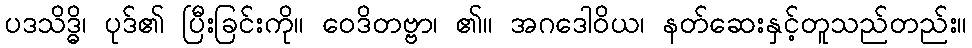
ပဒသိဒ္ဓိ၊ ပုဒ်၏ ပြီးခြင်းကို။ ဝေဒိတဗ္ဗာ၊ ၏။ အဂဒေါဝိယ၊ နတ်ဆေးနှင့်တူသည်တည်း။